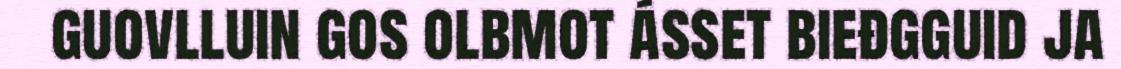
guovlluin gos olbmot ásset bieđgguid ja